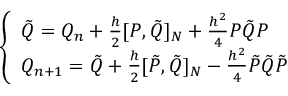
\left\{ \begin{array} { l l } { \Tilde { Q } = Q _ { n } + \frac { h } { 2 } [ P , \Tilde { Q } ] _ { N } + \frac { h ^ { 2 } } { 4 } P \Tilde { Q } P } \\ { Q _ { n + 1 } = \Tilde { Q } + \frac { h } { 2 } [ \Tilde { P } , \Tilde { Q } ] _ { N } - \frac { h ^ { 2 } } { 4 } \Tilde { P } \Tilde { Q } \Tilde { P } } \end{array} \right.